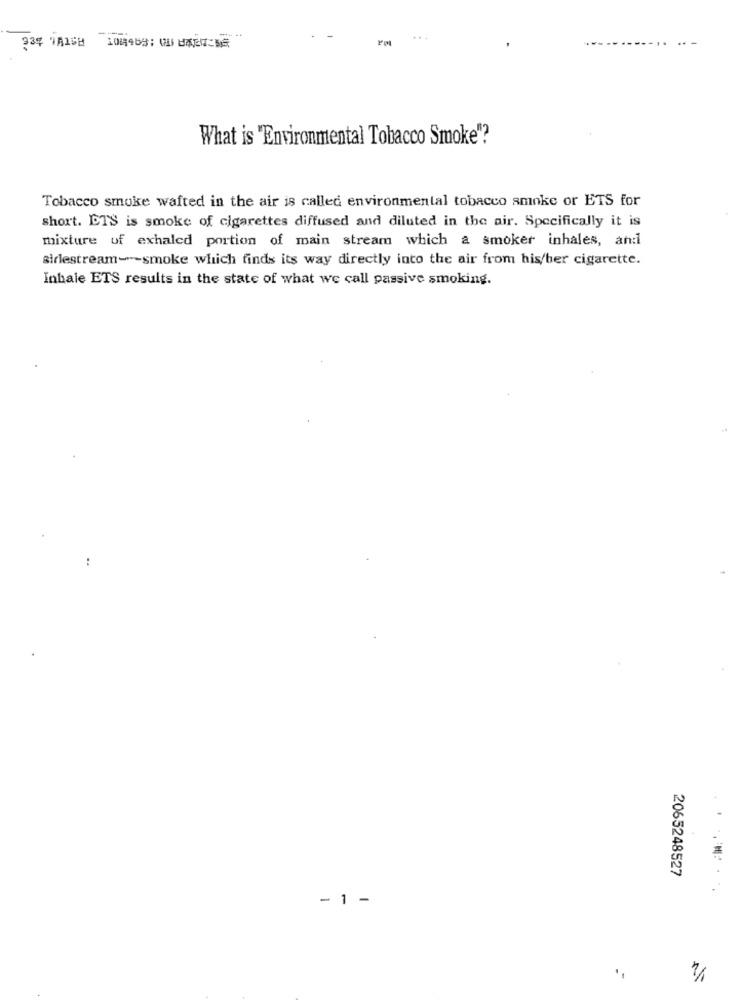
939 TRISH 108469: 00 BATTERE
What is "Environmental Tobacco Smoke"?
Tobacco smoke wafted in the air is called environmental tobacco smoke or ETS for
short. ETS is smoke of cigarettes diffused and diluted in the air. Specifically it is
mixture of exhaled portion of main stream which a smoker inhales, ani
sirlestream ---- smoke which finds its way directly into the air from his/her cigarette.
Inhale ETS results in the state of what we call passive smoking.
2065248527
- 1 -